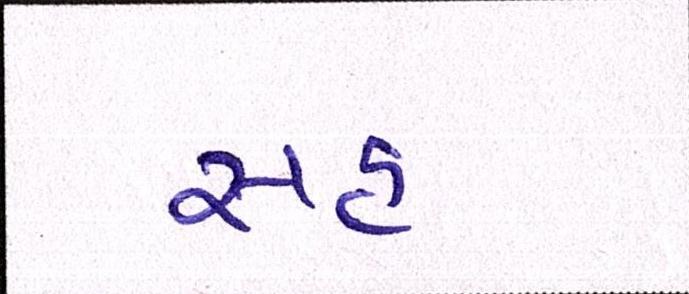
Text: સહુ